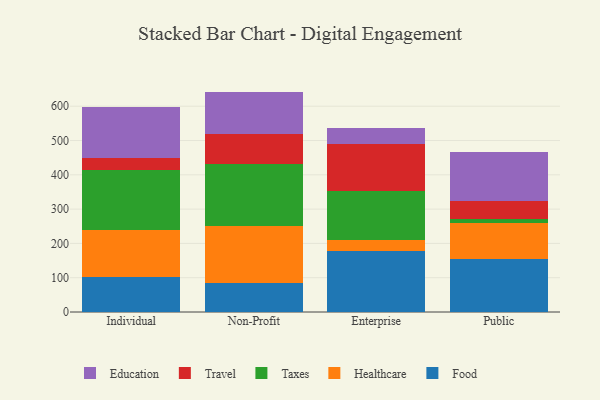
{"axis": {"x": "Segment", "y": "Website Visitors"}, "legend": ["Education", "Food", "Healthcare", "Taxes", "Travel"], "data": [{"x": "Individual", "y": 102.2, "type": "Food"}, {"x": "Individual", "y": 136.6, "type": "Healthcare"}, {"x": "Individual", "y": 176.0, "type": "Taxes"}, {"x": "Individual", "y": 33.8, "type": "Travel"}, {"x": "Individual", "y": 150.5, "type": "Education"}, {"x": "Non-Profit", "y": 85.4, "type": "Food"}, {"x": "Non-Profit", "y": 166.2, "type": "Healthcare"}, {"x": "Non-Profit", "y": 179.9, "type": "Taxes"}, {"x": "Non-Profit", "y": 86.4, "type": "Travel"}, {"x": "Non-Profit", "y": 124.8, "type": "Education"}, {"x": "Enterprise", "y": 177.8, "type": "Food"}, {"x": "Enterprise", "y": 32.4, "type": "Healthcare"}, {"x": "Enterprise", "y": 143.7, "type": "Taxes"}, {"x": "Enterprise", "y": 135.4, "type": "Travel"}, {"x": "Enterprise", "y": 46.2, "type": "Education"}, {"x": "Public", "y": 153.7, "type": "Food"}, {"x": "Public", "y": 104.5, "type": "Healthcare"}, {"x": "Public", "y": 12.1, "type": "Taxes"}, {"x": "Public", "y": 52.9, "type": "Travel"}, {"x": "Public", "y": 144.3, "type": "Education"}]}